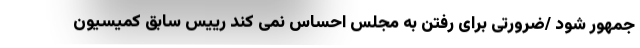
جمهور شود /ضرورتی برای رفتن به مجلس احساس نمی کند رییس سابق کمیسیون